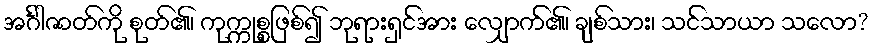
အင်္ဂါဇာတ်ကို စုတ်၏၊ ကုက္ကုစ္စဖြစ်၍ ဘုရားရှင်အား လျှောက်၏၊ ချစ်သား၊ သင်သာယာ သလော?